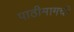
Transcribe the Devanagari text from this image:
पाठीमागची